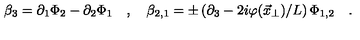
\beta _ { 3 } = \partial _ { 1 } \Phi _ { 2 } - \partial _ { 2 } \Phi _ { 1 } \quad , \quad \beta _ { 2 , 1 } = \pm \left( \partial _ { 3 } - 2 i \varphi ( \vec { x } _ { \perp } ) / L \right) \Phi _ { 1 , 2 } \quad .